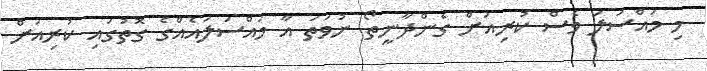
މި މައްސަލަ ވެސް ކުރިއަށް ގެންދާނީތޯ ނުވަތަ އާ މައްސަލައެއްގެ ގޮތުގައި ކުރިއަށް